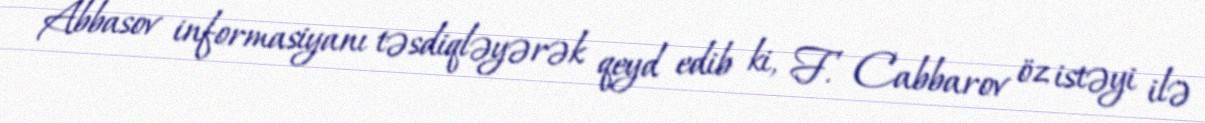
Abbasov informasiyanı təsdiqləyərək qeyd edib ki, F. Cabbarov öz istəyi ilə